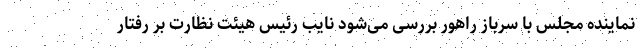
نماینده مجلس با سرباز راهور بررسی می‌شود نایب رئیس هیئت نظارت بر رفتار